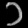
Digit: ၁